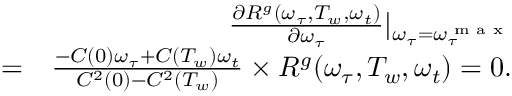
\begin{array} { r l r } & { } & { \frac { \partial R ^ { g } ( \omega _ { \tau } , T _ { w } , \omega _ { t } ) } { \partial \omega _ { \tau } } | _ { \omega _ { \tau } = \omega _ { \tau } ^ { \textrm { m a x } } } } \\ & { = } & { \frac { - C ( 0 ) \omega _ { \tau } + C ( T _ { w } ) \omega _ { t } } { C ^ { 2 } ( 0 ) - C ^ { 2 } ( T _ { w } ) } \times R ^ { g } ( \omega _ { \tau } , T _ { w } , \omega _ { t } ) = 0 . } \end{array}